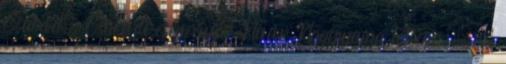
Család, Családi esemény, Nyár Nagymama lettem : . .